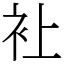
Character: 𧘕